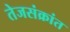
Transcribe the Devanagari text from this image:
तेजसंक्रांत